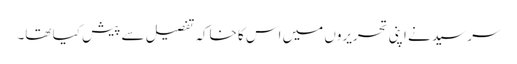
سر سید نے اپنی تحریروں میں اس کا خاکہ تفصیل سے پیش کیا تھا۔